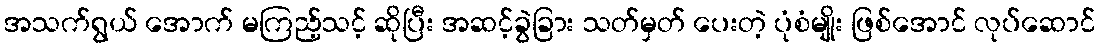
အသက်ရွယ် အောက် မကြည့်သင့် ဆိုပြီး အဆင့်ခွဲခြား သတ်မှတ် ပေးတဲ့ ပုံစံမျိုး ဖြစ်အောင် လုပ်ဆောင်